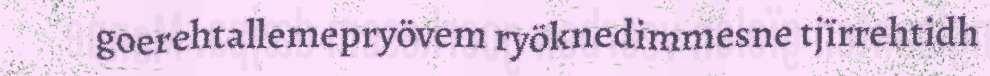
goerehtallemepryövem ryöknedimmesne tjïrrehtidh